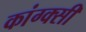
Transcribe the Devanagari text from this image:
कांग्क्सी